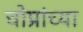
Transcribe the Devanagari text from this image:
चोप्रांच्या